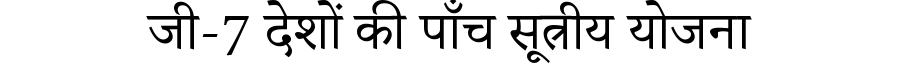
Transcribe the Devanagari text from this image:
जी-7 देशों की पाँच सूत्रीय योजना